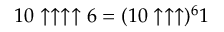
1 0 \uparrow \uparrow \uparrow \uparrow 6 = ( 1 0 \uparrow \uparrow \uparrow ) ^ { 6 } 1